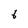
Character: 6